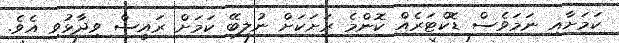
ކަމަށާއި ނަމަވެސް ޑޮކްޓަރެއް ކޮންމެ ރަށަކަށް ނުލިބޭ ކަމަށް ރައީސް ވިދާޅުވި އެވެ.